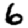
Digit: 6